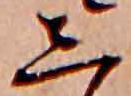
し